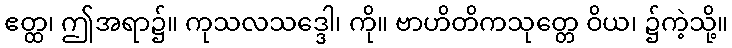
ဧတ္ထ၊ ဤအရာ၌။ ကုသလသဒ္ဒေါ၊ ကို။ ဗာဟိတိကသုတ္တေ ဝိယ၊ ၌ကဲ့သို့။